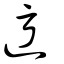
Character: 迃